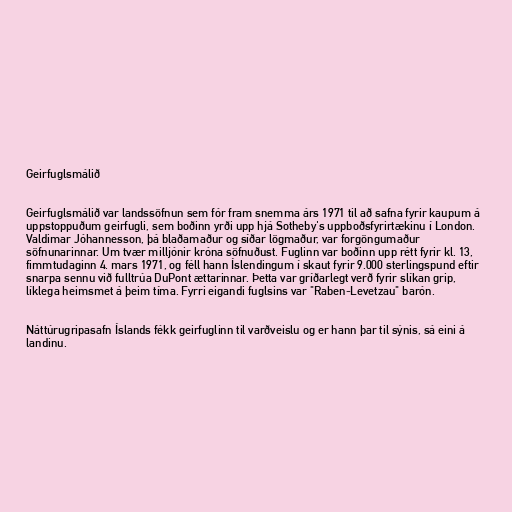
Geirfuglsmálið

Geirfuglsmálið var landssöfnun sem fór fram snemma árs 1971 til að safna fyrir kaupum á
uppstoppuðum geirfugli, sem boðinn yrði upp hjá Sotheby's uppboðsfyrirtækinu í London.
Valdimar Jóhannesson, þá blaðamaður og síðar lögmaður, var forgöngumaður
söfnunarinnar. Um tvær milljónir króna söfnuðust. Fuglinn var boðinn upp rétt fyrir kl. 13,
fimmtudaginn 4. mars 1971, og féll hann Íslendingum í skaut fyrir 9.000 sterlingspund eftir
snarpa sennu við fulltrúa DuPont ættarinnar. Þetta var gríðarlegt verð fyrir slíkan grip,
líklega heimsmet á þeim tíma. Fyrri eigandi fuglsins var "Raben-Levetzau" barón.

Náttúrugripasafn Íslands fékk geirfuglinn til varðveislu og er hann þar til sýnis, sá eini á
landinu.